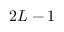
2 { \cal L } - 1